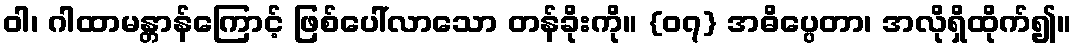
ဝါ၊ ဂါထာမန္တာန်ကြောင့် ဖြစ်ပေါ်လာသော တန်ခိုးကို။ {၀၇} အဓိပ္ပေတာ၊ အလိုရှိထိုက်၍။